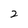
Character: 2